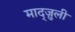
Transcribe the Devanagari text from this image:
माद्ज़ुली